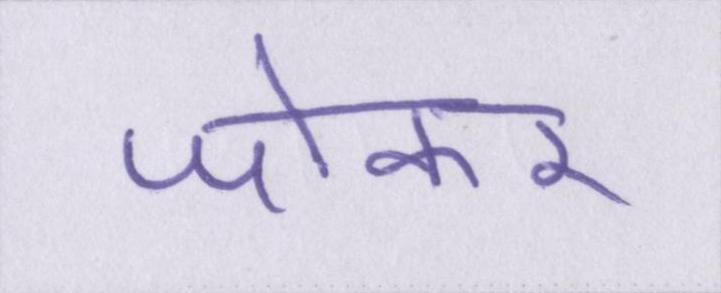
जोकर